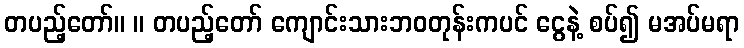
တပည့်တော်။ ။ တပည့်တော် ကျောင်းသားဘဝတုန်းကပင် ငွေနဲ့ စပ်၍ မအပ်မရာ